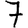
Digit: 7